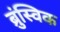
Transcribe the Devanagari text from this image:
ब्रुंस्विक